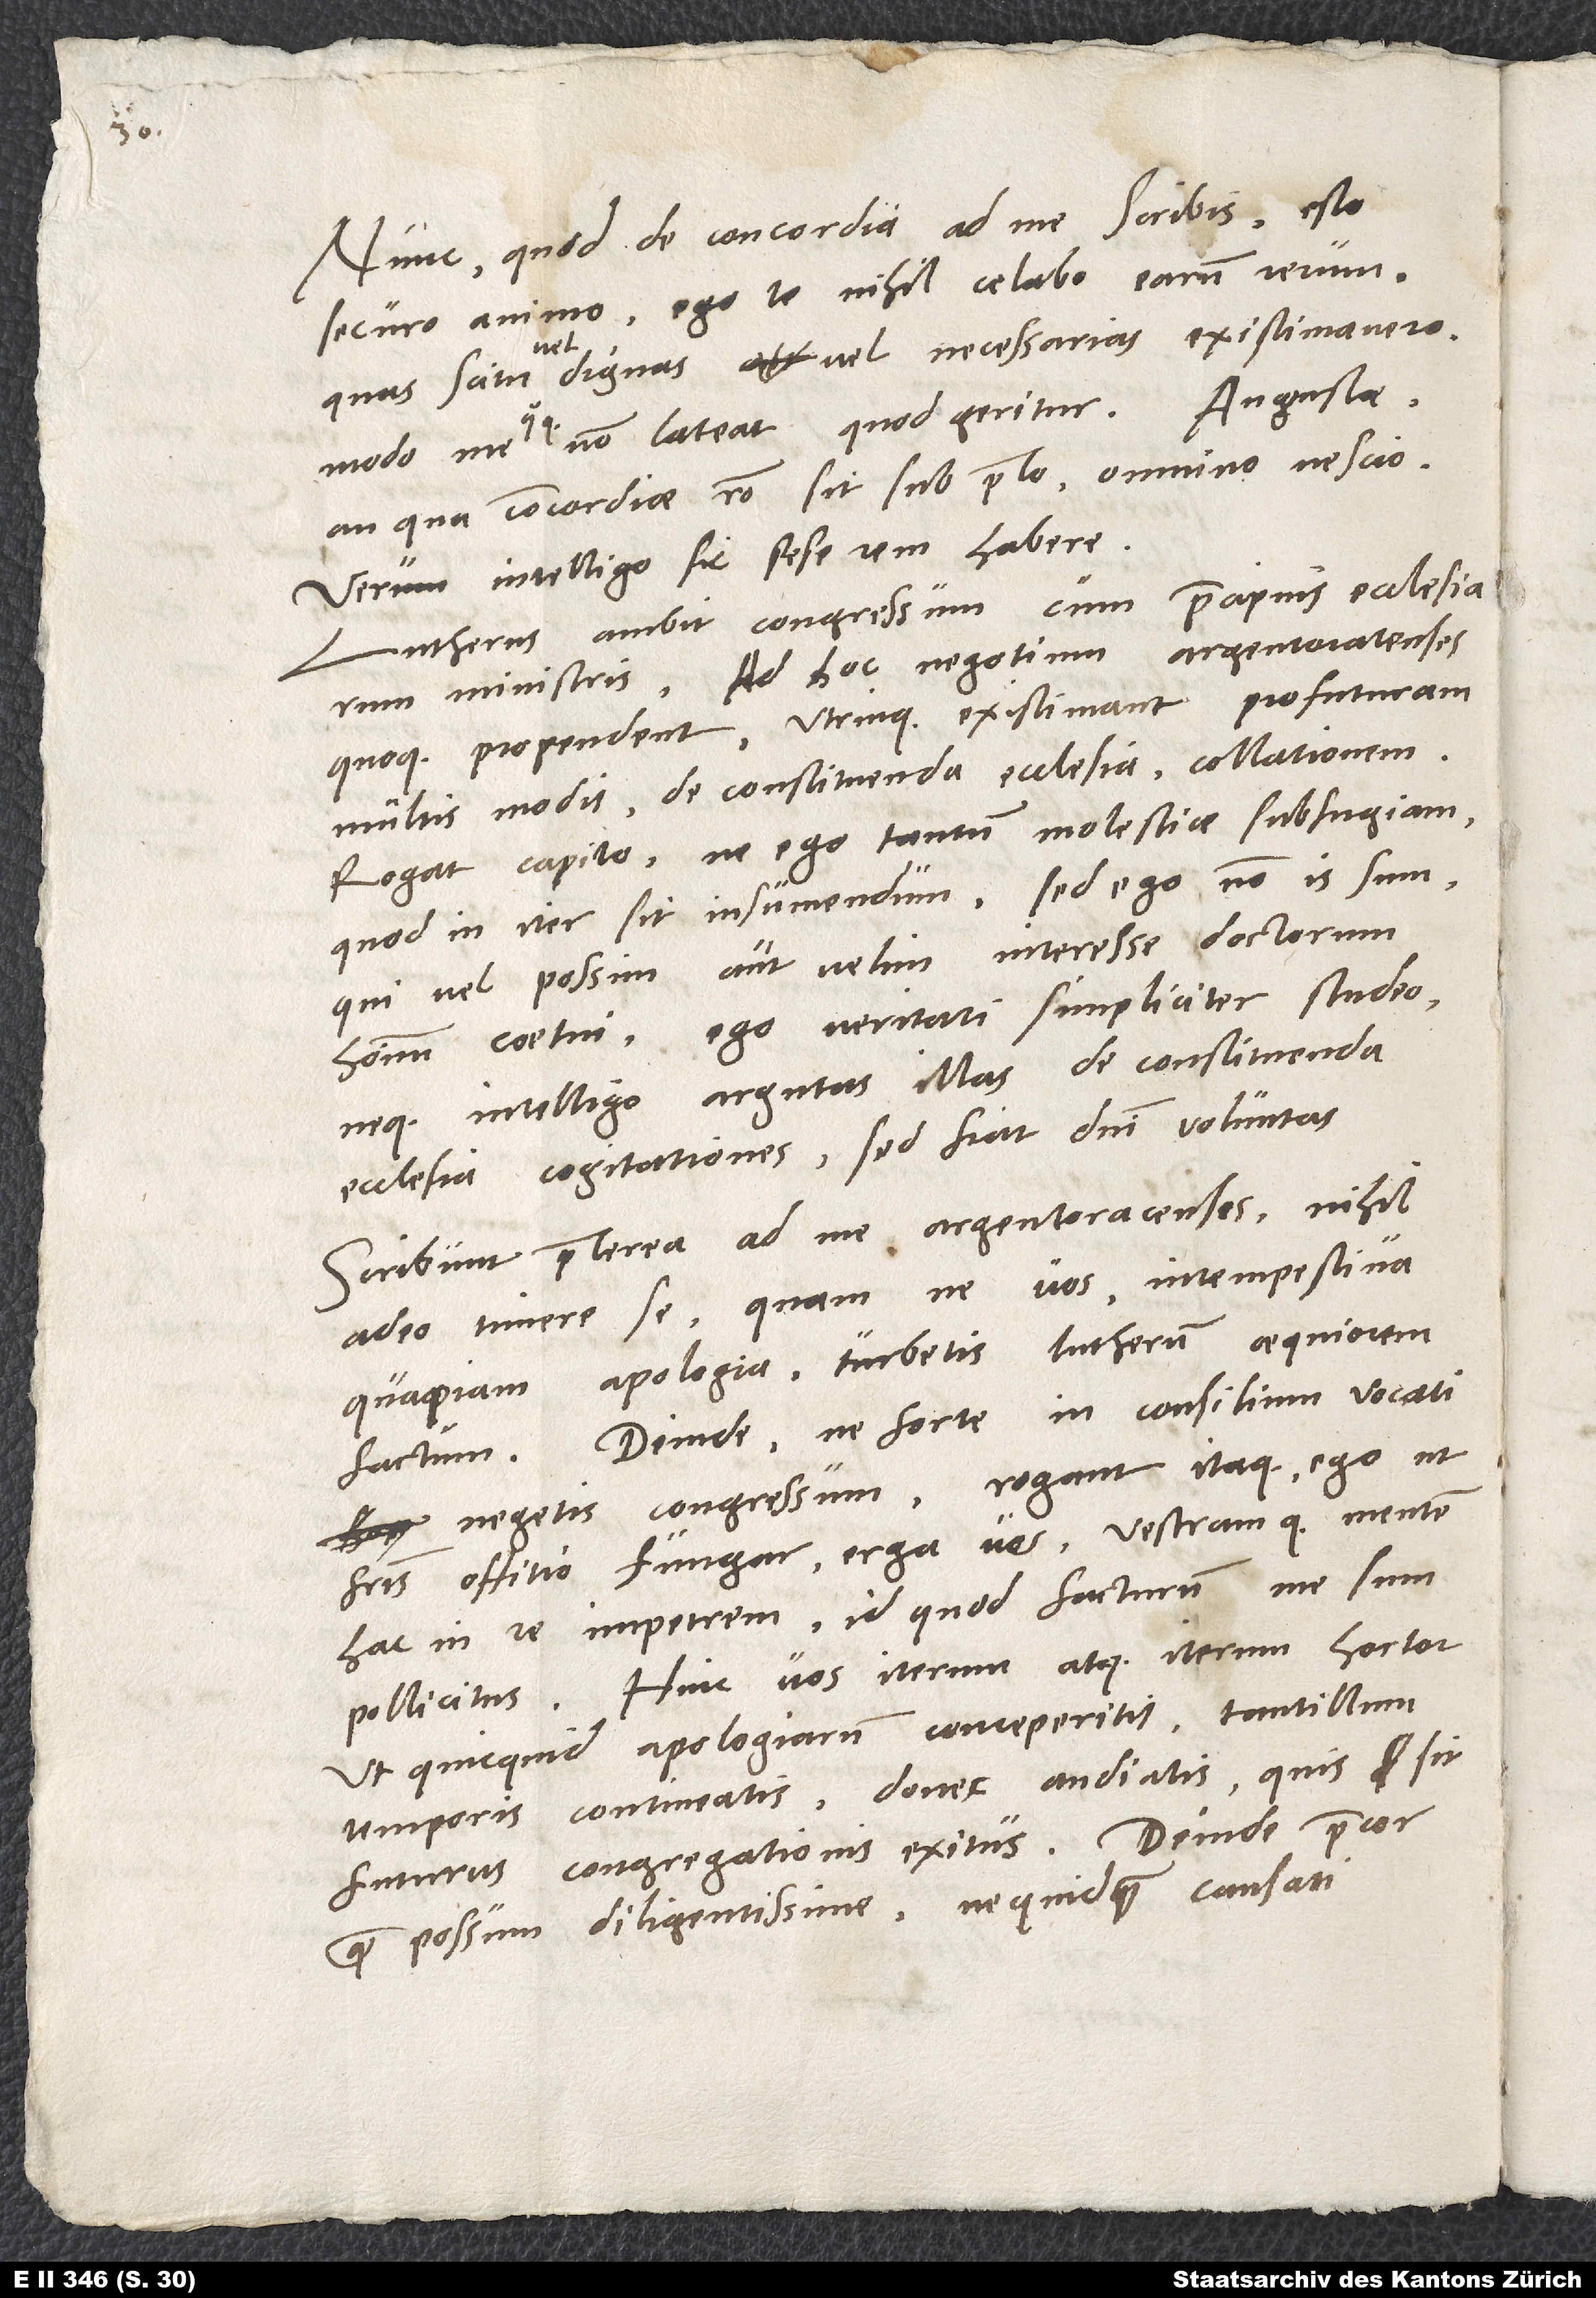
3.

Nunc quod de concordia ad me scribis, esto
securo animo. Ego te nihil celabo earum rerum,
quas scitu vel dignas vel necessarias existimavero,
modo me quoque non lateat, quod geritur. Augustae
an qua concordiae ratio sit sub prelo, omnino nescio,
verum intelligo sic sese rem habere.
Lutherus ambit congressum cum praecipuis ecclesiarum
ministris. Ad hoc negotium Argentoratenses
quoque propendent; utrinque existimant profuturam
multis modis de constituenda ecclesia collationem.
Rogat Capito, ne ego tantum molestiae subfugiam,
quod in iter sit insumendum. Sed ego non is sum,
qui vel possim aut velim interesse doctorum
hominum coetui. Ego veritati simpliciter studeo
neque intelligo argutas illas de constituenda
ecclesia cogitationes. Sed fiat domini voluntas.
Scribunt praeterea ad me Argentoracenses nihil
adeo timere se, quam ne vos intempestiva
quapiam apologia turbetis Lutherum aequiorem
factum; deinde, ne forte in consilium vocati
negetis congressum. Rogant itaque, ego ut
fratris offitio fungar erga vos vestramque mentem
hac in re impetrem, id quod facturum me sum
pollicitus. Hinc vos iterum atque iterum hortor,
ut, quicquid apologiarum conceperitis, tantillum
temporis contineatis, donec audiatis, quis sit
futurus congregationis exitus. Deinde precor
quam possum diligentissime, ne quidquam causati